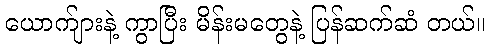
ယောက်ျားနဲ့ ကွာပြီး မိန်းမတွေနဲ့ ပြန်ဆက်ဆံ တယ်။